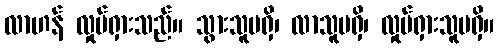
လာဟန် လှုပ်ရှားသည်။ သွားသူမရှိ၊ လာသူမရှိ၊ လှုပ်ရှားသူမရှိ။